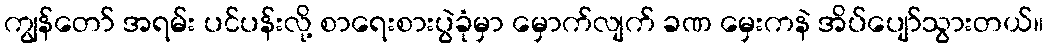
ကျွန်တော် အရမ်း ပင်ပန်းလို့ စာရေးစားပွဲခုံမှာ မှောက်လျက် ခဏ မှေးကနဲ အိပ်ပျော်သွားတယ်။